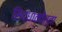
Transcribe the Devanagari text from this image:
सिद्धांतवेत्ता